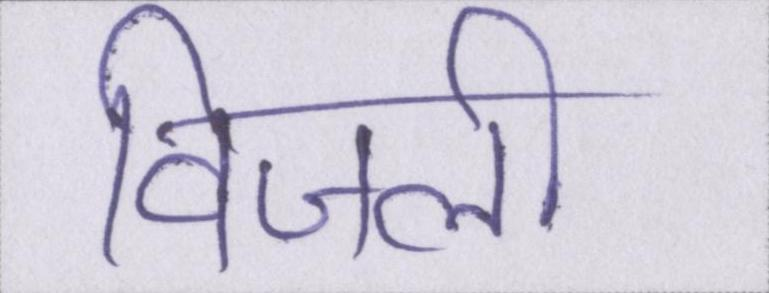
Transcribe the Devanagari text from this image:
विजली